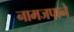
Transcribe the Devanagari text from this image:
नामजपाने